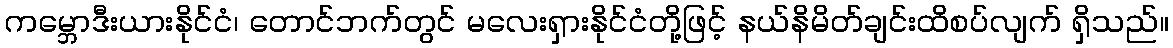
ကမ္ဘောဒီးယားနိုင်ငံ၊ တောင်ဘက်တွင် မလေးရှားနိုင်ငံတို့ဖြင့် နယ်နိမိတ်ချင်းထိစပ်လျက် ရှိသည်။